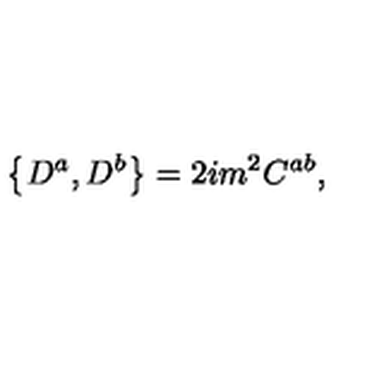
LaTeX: \left\{ D ^ { a } , D ^ { b } \right\} = 2 i m ^ { 2 } C ^ { a b } ,